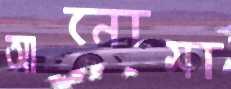
আনোমা